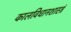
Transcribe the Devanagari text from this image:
कालविधानशास्त्रं